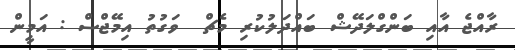
ރާއްޖެ އާއި ބަންގްލަދޭޝް ބައްދަލުކުރި މެޗް  ވަގުތު އިމޭޖްސް : އަމީން